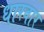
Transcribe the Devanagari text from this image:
धारवार